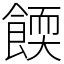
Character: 餪